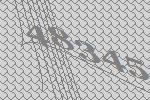
48345